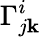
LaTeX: \Gamma_{j\mathbf{k}}^{i}